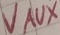
Text: VAUX